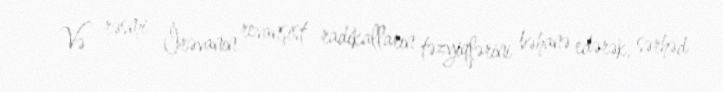
Və rəsmi İrəvanın revanşist radikalların təzyiqlərini bəhanə edərək, sərhəd